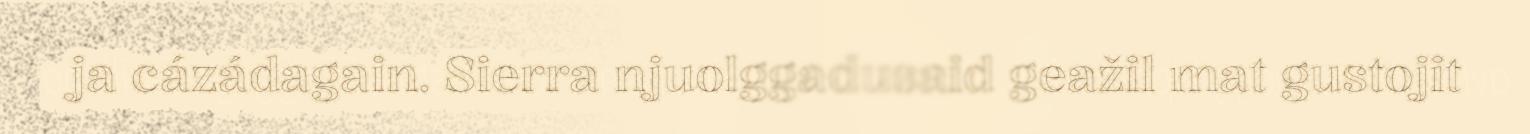
ja cázádagain. Sierra njuolggadusaid geažil mat gustojit